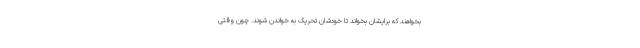
بخواهند که برایشان بخواند تا خودشان تحریک به خواندن شوند. چون وقتی